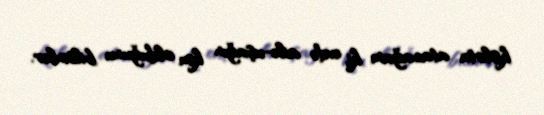
kislota atacağam ki, evdə ailə-uşağın kim olduğunu bilsinlər.